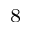
^ { 8 }